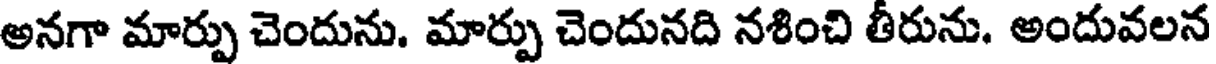
అనగా మార్పు చెందును. మార్పు చెందునది నశించి తీరును. అందువలన